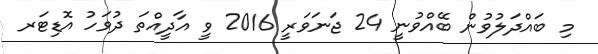
މި ބައްދަލުވުން ބޭއްވުނީ 24 ޖަނަވަރީ 2016 ވީ އާދީއްތަ ދުވަހު އޮޑިޓަރ